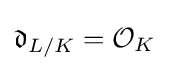
{\mathfrak {d}}_{L/K}={\mathcal {O}}_{K}